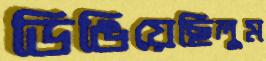
ডিঙিয়েছিলুম